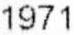
1971